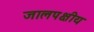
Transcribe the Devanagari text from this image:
जालपक्षीय